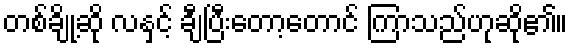
တစ်ချို့ဆို လနှင့် ချီပြီးတော့တောင် ကြာသည်ဟုဆို၏။